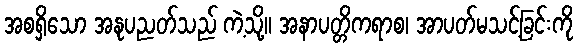
အစရှိသော အနုပညတ်သည် ကဲ့သို့။ အနာပတ္တိကရာစ၊ အာပတ်မသင့်ခြင်းကို